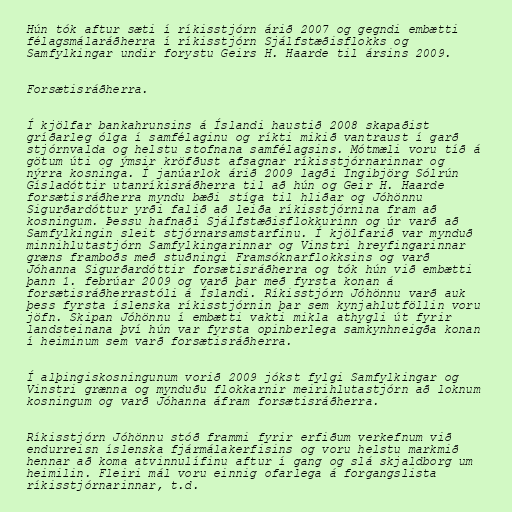
Hún tók aftur sæti í ríkisstjórn árið 2007 og gegndi embætti
félagsmálaráðherra í ríkisstjórn Sjálfstæðisflokks og
Samfylkingar undir forystu Geirs H. Haarde til ársins 2009.

Forsætisráðherra.

Í kjölfar bankahrunsins á Íslandi haustið 2008 skapaðist
gríðarleg ólga í samfélaginu og ríkti mikið vantraust í garð
stjórnvalda og helstu stofnana samfélagsins. Mótmæli voru tíð á
götum úti og ýmsir kröfðust afsagnar ríkisstjórnarinnar og
nýrra kosninga. Í janúarlok árið 2009 lagði Ingibjörg Sólrún
Gísladóttir utanríkisráðherra til að hún og Geir H. Haarde
forsætisráðherra myndu bæði stíga til hliðar og Jóhönnu
Sigurðardóttur yrði falið að leiða ríkisstjórnina fram að
kosningum. Þessu hafnaði Sjálfstæðisflokkurinn og úr varð að
Samfylkingin sleit stjórnarsamstarfinu. Í kjölfarið var mynduð
minnihlutastjórn Samfylkingarinnar og Vinstri hreyfingarinnar
græns framboðs með stuðningi Framsóknarflokksins og varð
Jóhanna Sigurðardóttir forsætisráðherra og tók hún við embætti
þann 1. febrúar 2009 og varð þar með fyrsta konan á
forsætisráðherrastóli á Íslandi. Ríkisstjórn Jóhönnu varð auk
þess fyrsta íslenska ríkisstjórnin þar sem kynjahlutföllin voru
jöfn. Skipan Jóhönnu í embætti vakti mikla athygli út fyrir
landsteinana því hún var fyrsta opinberlega samkynhneigða konan
í heiminum sem varð forsætisráðherra.

Í alþingiskosningunum vorið 2009 jókst fylgi Samfylkingar og
Vinstri grænna og mynduðu flokkarnir meirihlutastjórn að loknum
kosningum og varð Jóhanna áfram forsætisráðherra.

Ríkisstjórn Jóhönnu stóð frammi fyrir erfiðum verkefnum við
endurreisn íslenska fjármálakerfisins og voru helstu markmið
hennar að koma atvinnulífinu aftur í gang og slá skjaldborg um
heimilin. Fleiri mál voru einnig ofarlega á forgangslista
ríkisstjórnarinnar, t.d.